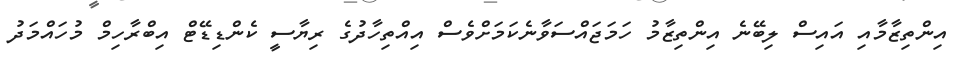
އިންތިޒާމާއި އައިސް ލިބޭނެ އިންތިޒާމު ހަމަޖައްސަވާނެކަމަށްވެސް އިއްތިހާދުގެ ރިޔާސީ ކެންޑިޑޭޓް އިބްރާހިމް މުހައްމަދު